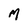
Character: M